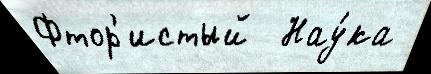
Фтор'истый  Нау́ка